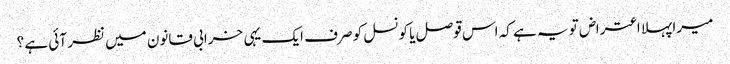
میرا پہلا اعتراض تو یہ ہے کہ اس قوصل یا کونسل کو صرف ایک یہی خرابی قانون میں نظر آئی ہے ؟